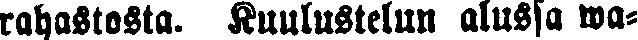
rahastosta. Kuulustelun alussa wa-